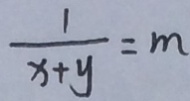
\frac { 1 } { x + y } = m